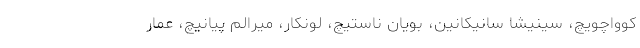
کوواچویچ، سینیشا سانیکانین، بویان ناستیچ، لونکار، میرالم پیانیچ، عمار